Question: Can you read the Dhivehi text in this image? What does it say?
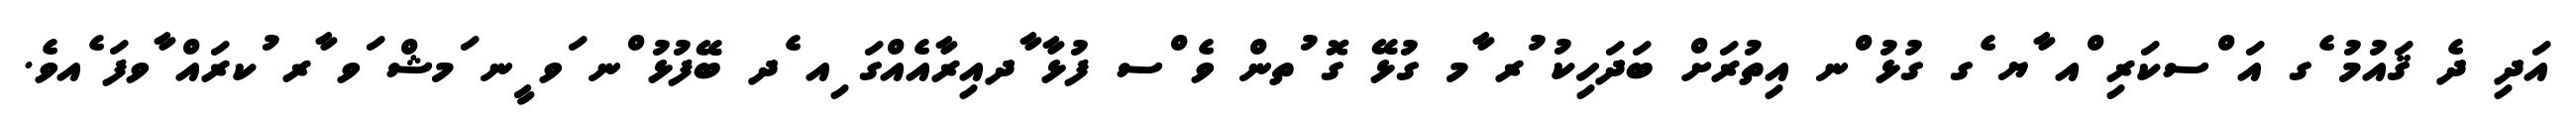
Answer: އަދި ދެ ޤައުމު ެގ އަ ްސކަރި ްއ ާޔ ެގ ގުޅު ްނ އިތުރަށް ބަދަހިކު ުރ ާމ ގުޅޭ ގޮ ުތން ވެ ްސ ފުޅާ ާދއިރާއެއްގަ ިއ ެދ ބޭފުޅު ްނ ަވ ީނ ަމޝް ަވ ާރ ުކރައް ާވފަ ެއވެ.